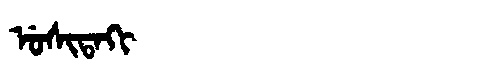
Manchu: ᡠᠰᡳᡨᠠᡴᡳ
Romanization: USITAKI